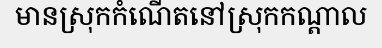
មានស្រុកកំណើតនៅស្រុកកណ្តាល